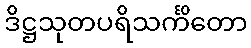
ဒိဋ္ဌသုတပရိသင်္ကိတော